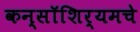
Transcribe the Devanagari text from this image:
कन्सॉशिर्यमचे